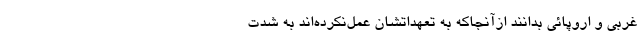
غربی و اروپائی بدانند ازآنجاکه به تعهداتشان عمل‌نکرده‌اند به شدّت